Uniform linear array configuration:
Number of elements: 12
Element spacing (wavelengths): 0.75
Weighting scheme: binomial
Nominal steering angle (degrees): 60
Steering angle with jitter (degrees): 61.047
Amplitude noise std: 0.05
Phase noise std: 0.05

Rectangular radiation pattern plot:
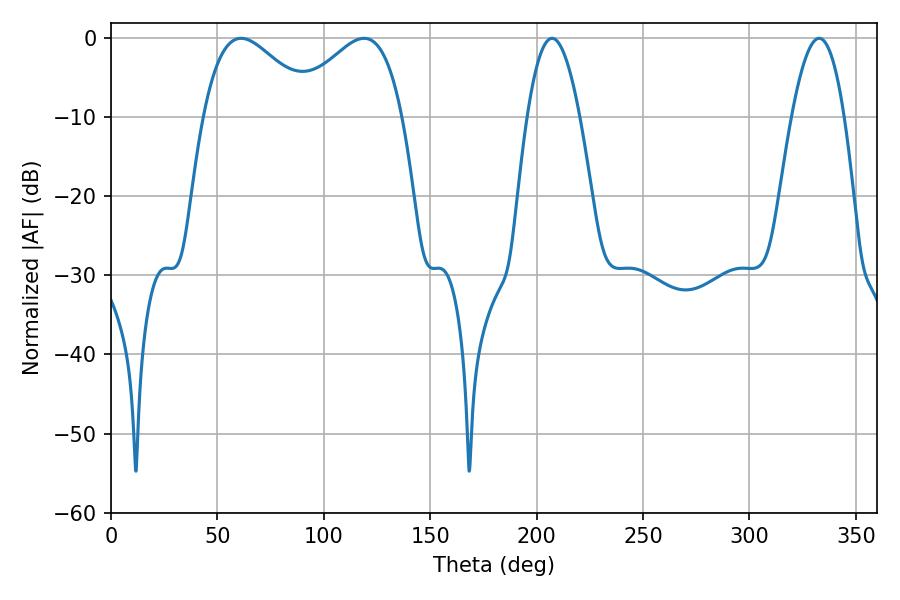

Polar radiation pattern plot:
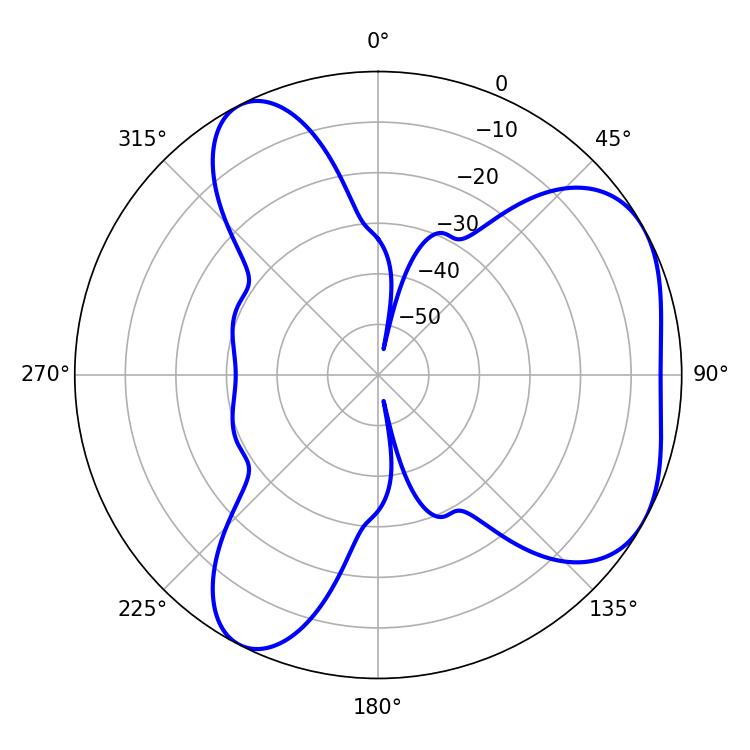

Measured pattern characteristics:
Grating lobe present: TRUE
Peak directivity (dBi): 4.665
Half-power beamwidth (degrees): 28.44
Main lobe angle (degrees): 61.2